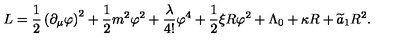
L = \frac { 1 } { 2 } \left( \partial _ { \mu } \varphi \right) ^ { 2 } + \frac { 1 } { 2 } m ^ { 2 } \varphi ^ { 2 } + \frac { \lambda } { 4 ! } \varphi ^ { 4 } + \frac { 1 } { 2 } \xi R \varphi ^ { 2 } + \Lambda _ { 0 } + \kappa R + \widetilde { a } _ { 1 } R ^ { 2 } .